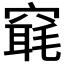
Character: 𥧢